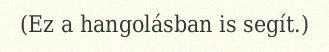
(Ez a hangolásban is segít.)